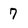
Character: 7